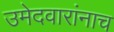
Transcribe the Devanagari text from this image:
उमेदवारांनाच